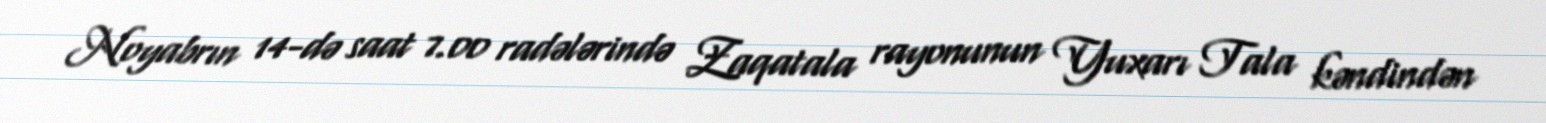
Noyabrın 14-də saat 7.00 radələrində Zaqatala rayonunun Yuxarı Tala kəndindən